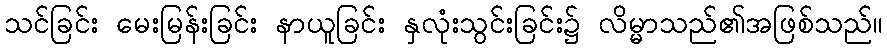
သင်ခြင်း မေးမြန်းခြင်း နာယူခြင်း နှလုံးသွင်းခြင်း၌ လိမ္မာသည်၏အဖြစ်သည်။